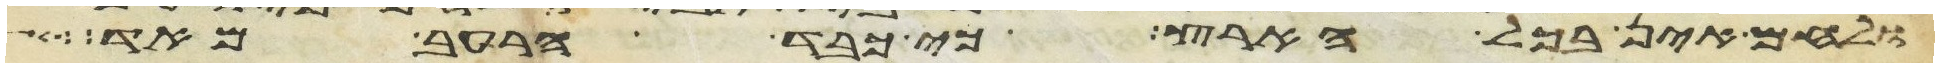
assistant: ולחם אין בכל הארץ כי כבד הרעב מאד